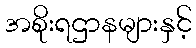
အစိုးရဌာနများနှင့်